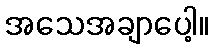
အသေအချာပေါ့။